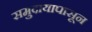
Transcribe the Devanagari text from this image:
समुदायापासून